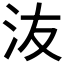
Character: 𰛍